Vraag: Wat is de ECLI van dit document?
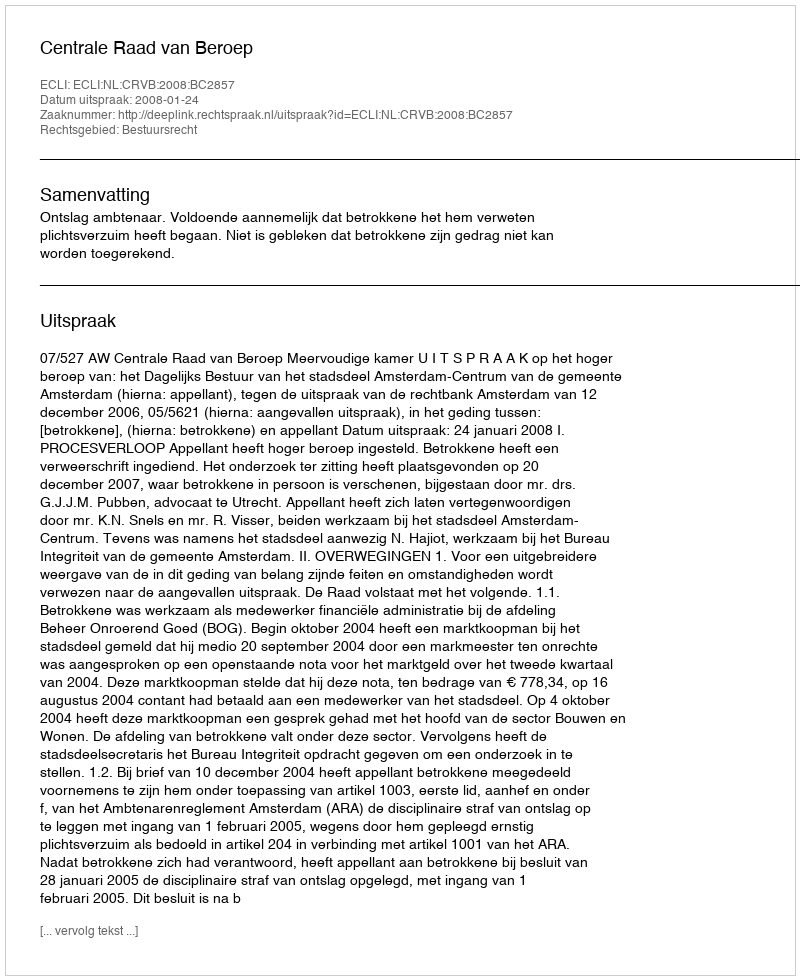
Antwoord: ECLI:NL:CRVB:2008:BC2857